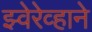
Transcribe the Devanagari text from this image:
झ्वेरेव्हाने